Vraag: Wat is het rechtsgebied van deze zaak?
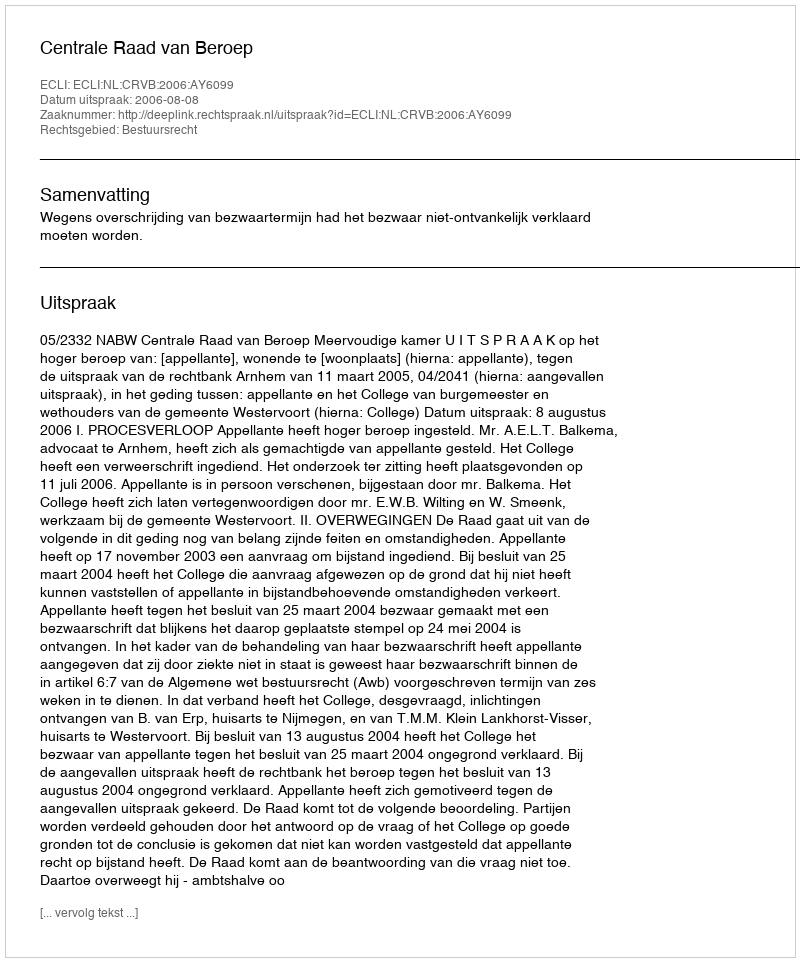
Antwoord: Bestuursrecht